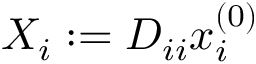
X _ { i } : = D _ { i i } x _ { i } ^ { ( 0 ) }